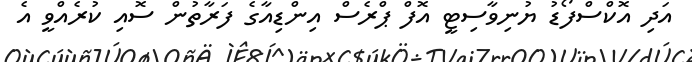
އަދި އޮކްސްފޯޑު ޔުނިވާސިޓީ އޮފް ޕްރެސް އިންޑިއާގެ ފަރާތުން ސޮއި ކުރެއްވީ އެ